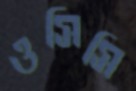
ওসিসি